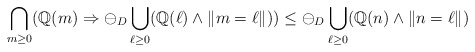
\begin{align*}\bigcap_{m\geq 0} (\mathbb{Q}(m) \Rightarrow \ominus_D \bigcup_{\ell\geq 0} (\mathbb{Q}(\ell) \wedge \|m=\ell\|)) \leq \ominus_D \bigcup_{\ell\geq 0} (\mathbb{Q}(n) \wedge \|n=\ell\|)\end{align*}